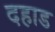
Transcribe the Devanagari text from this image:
दहाड